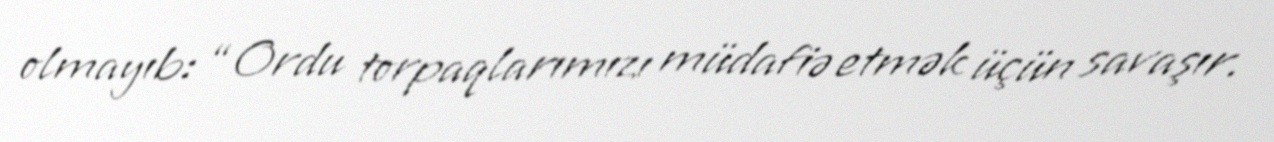
olmayıb: “Ordu torpaqlarımızı müdafiə etmək üçün savaşır.